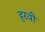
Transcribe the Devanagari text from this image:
हरवी